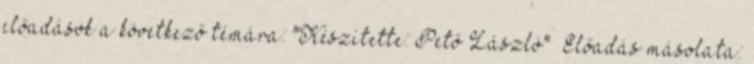
előadások a következő témára: "Készítette: Pető László"— Előadás másolata: